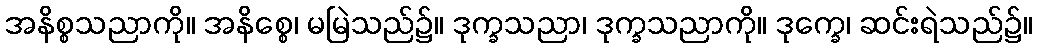
အနိစ္စသညာကို။ အနိစ္စေ၊ မမြဲသည်၌။ ဒုက္ခသညာ၊ ဒုက္ခသညာကို။ ဒုက္ခေ၊ ဆင်းရဲသည်၌။